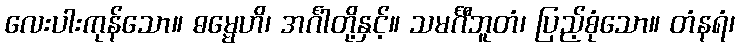
လေးပါးကုန်သော။ ဓမ္မေဟိ၊ အင်္ဂါတို့နှင့်။ သမင်္ဂီဘူတံ၊ ပြည့်စုံသော။ တံနရံ၊